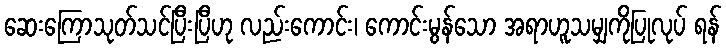
ဆေးကြောသုတ်သင်ပြီးပြီဟု လည်းကောင်း၊ ကောင်းမွန်သော အရာဟူသမျှကိုပြုလုပ် ရန်